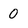
Character: 0